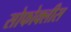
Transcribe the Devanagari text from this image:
सोफोक्लीस